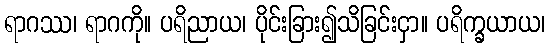
ရာဂဿ၊ ရာဂကို။ ပရိညာယ၊ ပိုင်းခြား၍သိခြင်းငှာ။ ပရိက္ခယာယ၊